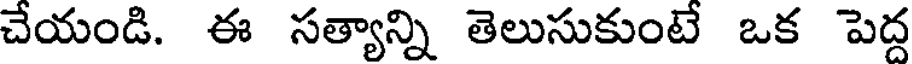
చేయండి. ఈ సత్యాన్ని తెలుసుకుంటే ఒక పెద్ద